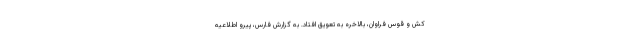
کش و قوس فراوان، بالاخره به تعویق افتاد. به گزارش فارس، پیرو اطلاعیه